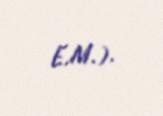
E.M.).